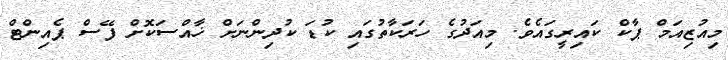
މިއުޒިއަމް ޕާކް ކައިރީގައެވެ. މިއަދުގެ ހަރަކާތުގައި ކުޑަ ކުދިންނަށް ޚާއްސަކޮށް ފޭސް ޕެއިންޓް